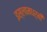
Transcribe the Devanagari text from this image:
इस्लामधर्मी